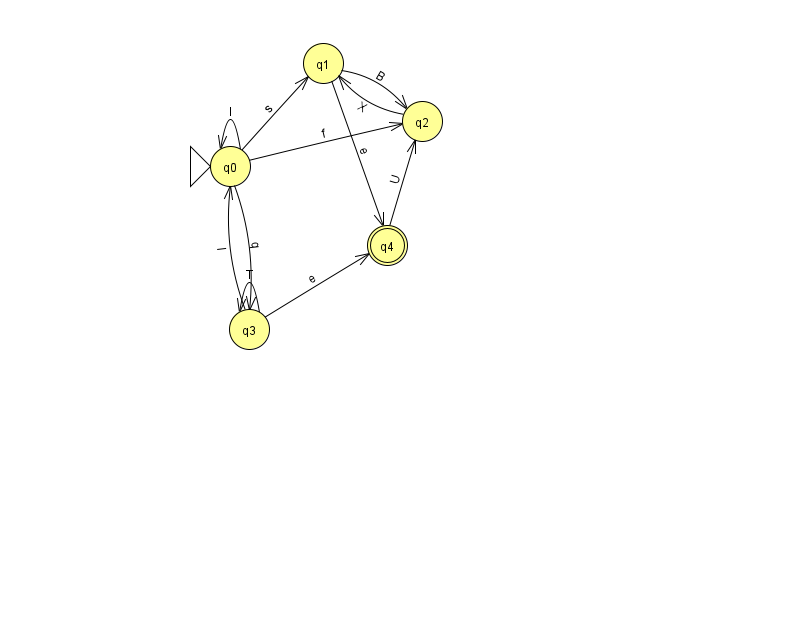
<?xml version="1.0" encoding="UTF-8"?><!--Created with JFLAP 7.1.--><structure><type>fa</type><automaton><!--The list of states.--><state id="0" name="q0"><x>230.0</x><y>153.0</y><initial/></state><state id="1" name="q1"><x>323.0</x><y>50.0</y></state><state id="2" name="q2"><x>422.0</x><y>108.0</y></state><state id="3" name="q3"><x>249.0</x><y>316.0</y></state><state id="4" name="q4"><x>387.0</x><y>232.0</y><final/></state><!--The list of transitions.--><transition><from>0</from><to>2</to><read>f</read></transition><transition><from>1</from><to>2</to><read>B</read></transition><transition><from>3</from><to>0</to><read>I</read></transition><transition><from>3</from><to>4</to><read>e</read></transition><transition><from>3</from><to>3</to><read>T</read></transition><transition><from>0</from><to>1</to><read>s</read></transition><transition><from>0</from><to>0</to><read>I</read></transition><transition><from>0</from><to>3</to><read>q</read></transition><transition><from>2</from><to>1</to><read>X</read></transition><transition><from>1</from><to>4</to><read>e</read></transition><transition><from>4</from><to>2</to><read>U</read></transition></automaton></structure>